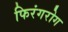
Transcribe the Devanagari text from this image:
फिरंगरोग